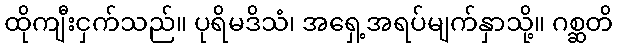
ထိုကျီးငှက်သည်။ ပုရိမဒိသံ၊ အရှေ့အရပ်မျက်နှာသို့။ ဂစ္ဆတိ